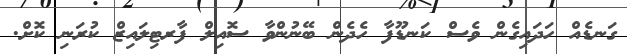
ގަނޑެއް ހަދައިގެން ވެސް ކަނޑޫފާ ހެދެން ބޭނުންވާ ސޮއިލް ފާރޓިލައިޒް ކުރަނި ކޮށް.